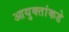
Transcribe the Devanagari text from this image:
आयुक्‍तांकडे